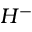
H ^ { - }